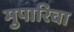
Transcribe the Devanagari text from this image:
मुपारिवा